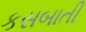
કસબાતી